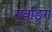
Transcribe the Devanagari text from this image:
सर्वाङ्गं